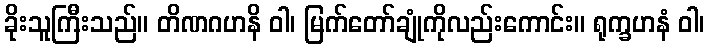
ခိုးသူကြီးသည်။ တိဏဂဟနိ ဝါ၊ မြက်တော်ချုံကိုလည်းကောင်း။ ရုက္ခဟနံ ဝါ၊